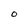
Character: O